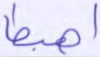
اهبطا